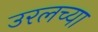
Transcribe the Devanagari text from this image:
उरलच्या